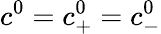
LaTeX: c^{0}=c_{+}^{0}=c_{-}^{0}